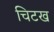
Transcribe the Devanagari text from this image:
चिटख